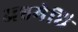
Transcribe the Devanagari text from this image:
अश्वमेधि